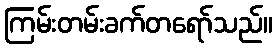
ကြမ်းတမ်းခက်တရော်သည်။